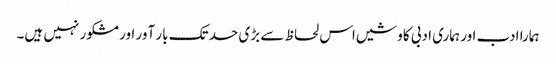
ہمارا ادب اور ہماری ادبی کاوشیں اس لحاظ سے بڑی حد تک بار آور اور مشکور نہیں ہیں۔